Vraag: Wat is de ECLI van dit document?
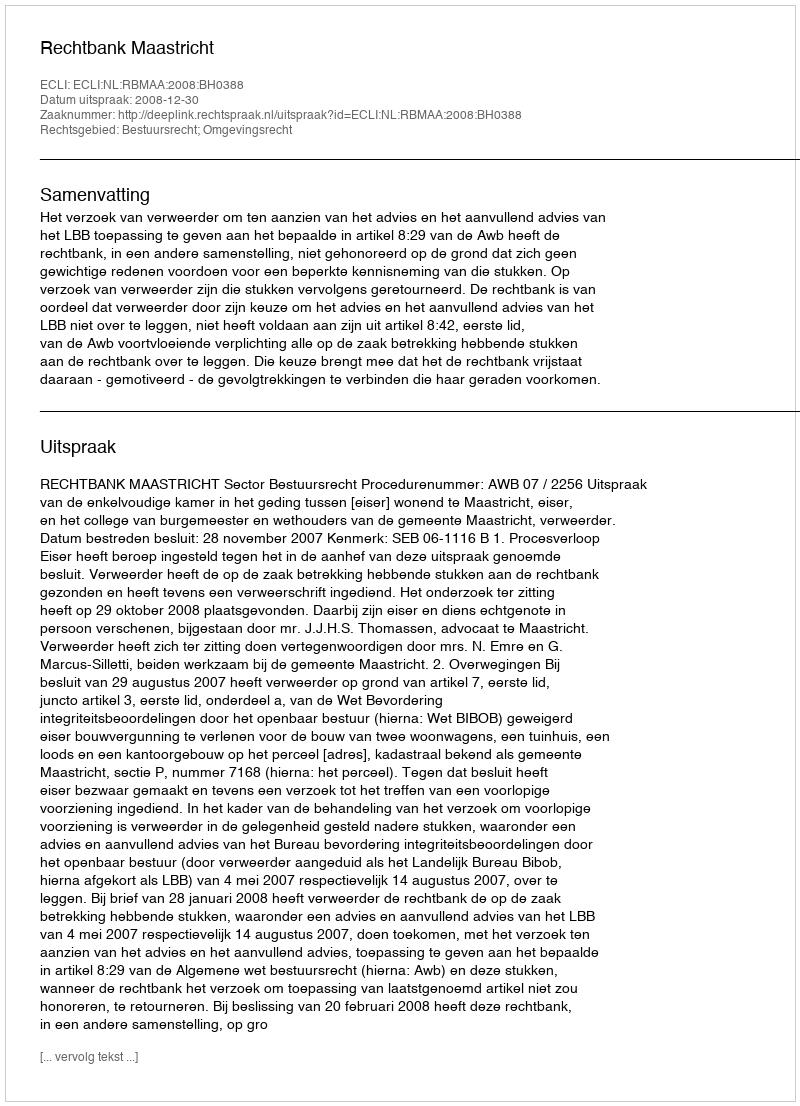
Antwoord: ECLI:NL:RBMAA:2008:BH0388